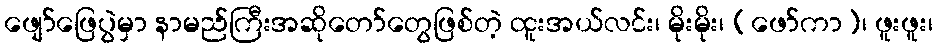
ဖျော်ဖြေပွဲမှာ နာမည်ကြီးအဆိုတော်တွေဖြစ်တဲ့ ထူးအယ်လင်း၊ မိုးမိုး၊ (ဖော်ကာ)၊ ဖူးဖူး၊